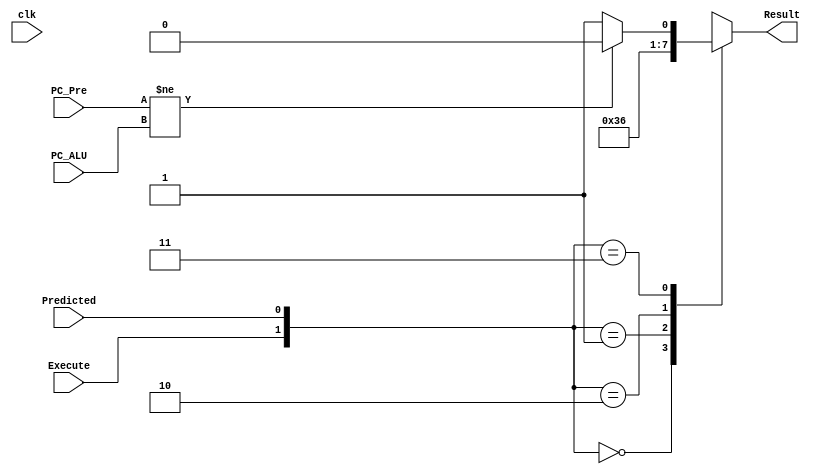
module Branch_Result (
    Predicted,
    PC_Pre,
    PC_ALU,
    clk,
    Execute,
    Result
);
    parameter WIDTH_DATA_LENGTH = 32;
    input clk;
    input [WIDTH_DATA_LENGTH - 1:0] PC_Pre;
    input [WIDTH_DATA_LENGTH - 1:0] PC_ALU;
    input Predicted;
    input Execute;
    output reg [1:0] Result;
    reg [1:0] Temp;
    assign Temp = {Execute, Predicted};

    always @(*) begin
                case (Temp)
                    2'b00: begin
                        Result = 2'b01;      //Right Predicted
                        $display("Right Predicted");
                    end

                    2'b01: Result = 2'b10;      //Return PC + 4
                    2'b10: Result = 2'b11;      //PC_ALU 
                    2'b11: if (PC_Pre != PC_ALU) begin
                            Result = 2'b00;          //Predicted wrong target
                        end else begin
                            Result = 2'b01;     //Right Predicted
                        end
                endcase
    end
endmodule